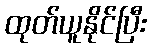
ထုတ်ယူနိုင်ပြီး